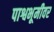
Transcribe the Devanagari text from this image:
पाश्वभूमीवर